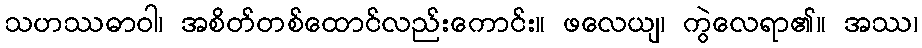
သဟဿဓာဝါ၊ အစိတ်တစ်ထောင်လည်းကောင်း။ ဖလေယျ၊ ကွဲလေရာ၏။ အဿ၊